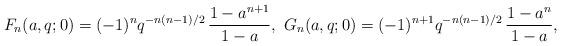
LaTeX: \begin{align*}F_{n}(a,q;0)=(-1)^{n}q^{-n(n-1)/2}\,\frac{1-a^{n+1}}{1-a},\ G_{n}(a,q;0)=(-1)^{n+1}q^{-n(n-1)/2}\,\frac{1-a^{n}}{1-a},\end{align*}